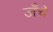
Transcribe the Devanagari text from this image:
जँचे